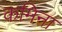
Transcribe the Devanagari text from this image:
कमिना